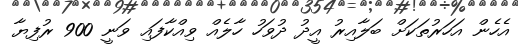
އެހެން އަހަރުތަކަށް ބަލާއިރު އީދު ދުވަހު ހާލެއް ވިއްކާފައި ވަނީ 900 ރުފިޔާ